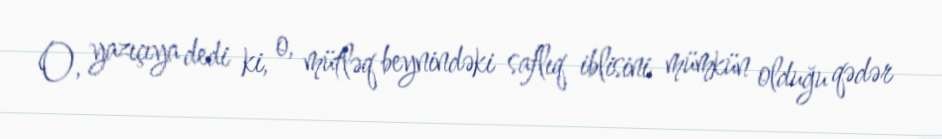
O, yazıçıya dedi ki, o, mütləq beynindəki saflıq iblisini mümkün olduğu qədər